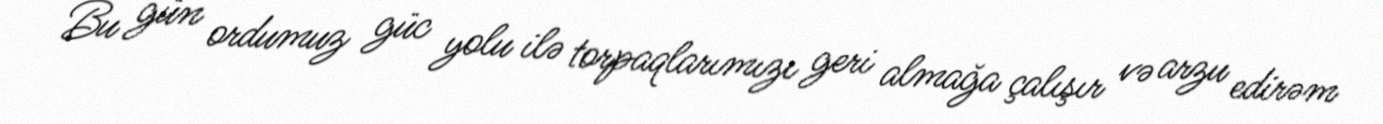
Bu gün ordumuz güc yolu ilə torpaqlarımızı geri almağa çalışır və arzu edirəm